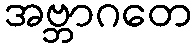
အဗ္ဘာဂတေ